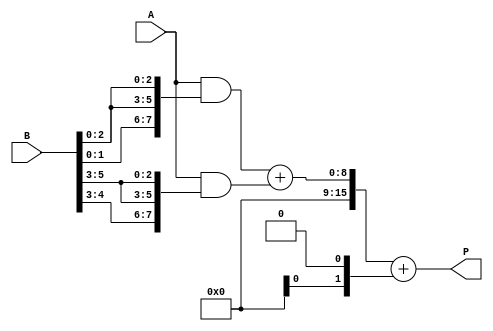
module higher_radix_wallace_multiplier #(parameter n = 8) (
    input [n-1:0] A,
    input [n-1:0] B,
    output reg [2*n-1:0] P
);
    // Intermediate signals
    wire [n-1:0] pp [0:n/3-1]; // Partial products
    wire [2*n-1:0] sum1 [0:n/3-1]; // Sums for first stage
    wire [2*n-1:0] sum2; // Final sum of the first stage
    wire [n/3-1:0] carry; // Carry bits

    // Generate partial products
    genvar i;
    generate
        for (i = 0; i < n/3; i = i + 1) begin : pp_gen
            assign pp[i] = A & {3{B[i*3 +: 3]}};
        end
    endgenerate

    // Wallace Tree Reduction
    // First stage: Sum partial products
    wire [2*n-1:0] row_sum [0:n/3-1];
    wire [2*n-1:0] row_carry [0:n/3-1];

    generate
        for (i = 0; i < n/3-1; i = i + 1) begin : wallace_stage1
            // Full adder for the first stage
            assign {row_carry[i], row_sum[i]} = pp[i] + pp[i+1];
        end
    endgenerate

    // Second stage: Combine sums and carries
    assign sum1[0] = row_sum[0];
    generate
        for (i = 1; i < n/3-1; i = i + 1) begin : wallace_stage2
            assign {carry[i], sum1[i]} = sum1[i-1] + row_sum[i];
        end
    endgenerate

    // Final addition: Sum the last stage
    assign sum2 = sum1[n/3-2] + {carry[n/3-2], 1'b0}; // Adjust for carry

    // Output the final product
    always @* begin
        P = sum2;
    end

endmodule